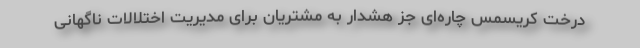
درخت کریسمس چاره‌ای جز هشدار به مشتریان برای مدیریت اختلالات ناگهانی